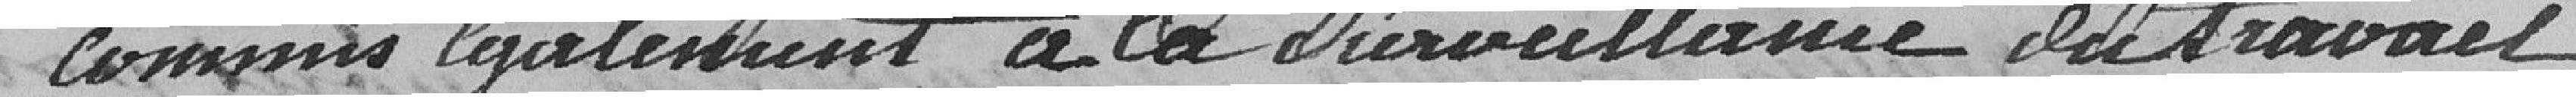
Commis loyalement à la surveillance du travail